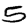
Digit: 5